Annual report of the Punjab Veterinary College and of the Civil Veterinary Department, Punjab - 1894-1908
Year: 1894
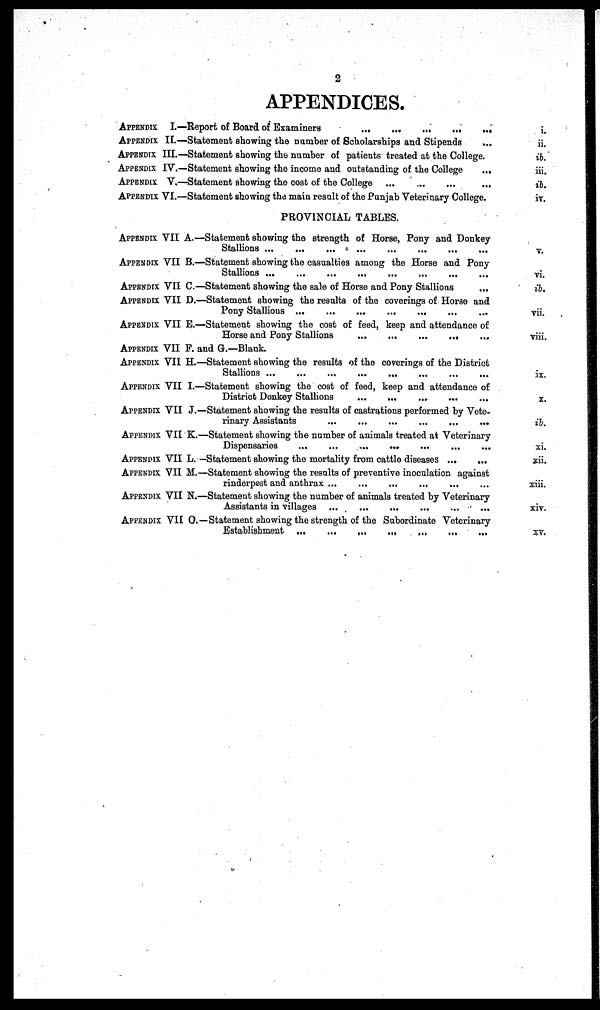
2
APPENDICES.
APPENDIX
I.—
APPENDIX II.—
APPENDIX III.—
APPENDIX IV.—
APPENDIX V.—
APPENDIX VI.—
Report of Board of Examiners
Statement showing the number of Scholarships and Stipends
Statement showing the number of patients treated at the College.
Statement showing the income and outstanding of the College
...
Statement showing the cost of the College
Statement showing the main result of the Punjab Veterinary College.
PROVINCIAL TABLES.
APPENDIX VII
A.—
APPENDIX VII B.—
APPENDIX VII
C.—
APPENDIX VII
D.—
APPENDIX VII
E.—
APPENDIX VII F.
APPENDIX VII
H.—
APPENDIX VII
I.—
APPENDIX VII
J.—
APPENDIX VII
K.—
APPENDIX VII L. —
APPENDIX VII M.—
APPENDIX VII
N.—
APPENDIX VII O. —
Statement showing the strength of Horse, Pony and Donkey
Stallions ...
...
...
...
...
...
Statement showing the casualties among the Horse and Pony
Stallions
Statement showing the sale of Horse and Pony Stallions
Statement showing the results of the coverings of Horse and
Pony Stallions
Statement showing the cost of feed, keep and attendance of
Horse and Pony Stallions
...
...
...
...
...
and G.—Blank.
Statement showing the results of the coverings of the District
Stallions
Statement showing the cost of feed, keep and attendance of
District Donkey Stallions
Statement showing the results of castrations performed by Vete-
rinary Assistants
...
...
...
...
...
..
Statement showing the number of animals treated at Veterinary
Dispensaries
...
...
Statement showing the mortality from cattle diseases
Statement showing the results of preventive inoculation against
rinderpest and anthrax ...
...
...
...
...
Statement showing the number of animals treated by Veterinary
Assistants in villages ...
...
...
Statement showing the strength of the Subordinate Veterinary
Establishment ...
... ...
i.
ii.
ib.
iii.
ib.
iv.
v.
vi.
ib.
vii.
viii.
ix.
X.
ib.
xi.
xii.
xiii.
xiv.
xv.